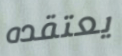
يعتقده